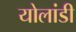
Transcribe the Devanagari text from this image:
योलांडी